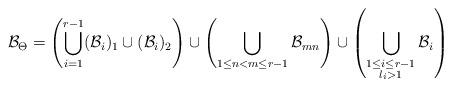
LaTeX: \begin{align*}\mathcal{B}_\Theta=\displaystyle\left(\bigcup\limits_{i=1}^{r-1}(\mathcal{B}_{i})_1\cup(\mathcal{B}_{i})_2\right)\cup\left(\bigcup\limits_{1\leq n<m\leq r-1}\mathcal{B}_{mn}\right)\cup\left(\bigcup\limits_{\begin{subarray}{c}1\leq i\leq r-1\\l_i>1\end{subarray}}\mathcal{B}_{i}\right)\end{align*}